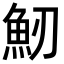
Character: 𩵕